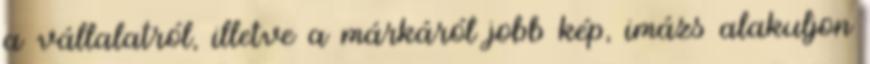
a vállalatról, illetve a márkáról jobb kép, imázs alakuljon